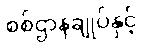
စစ်ဌာနချုပ်နှင့်